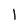
Character: l